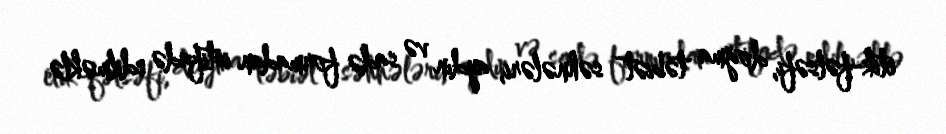
etik-fəlsəfi, doğma təbiət səhnələri, aydın və sadə formadan istifadə edilməklə